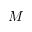
M